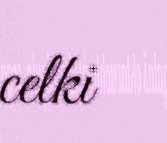
celki